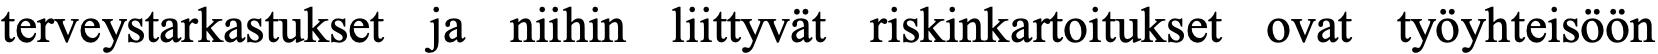
terveystarkastukset ja niihin liittyvät riskinkartoitukset ovat työyhteisöön